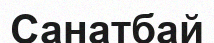
Санатбай